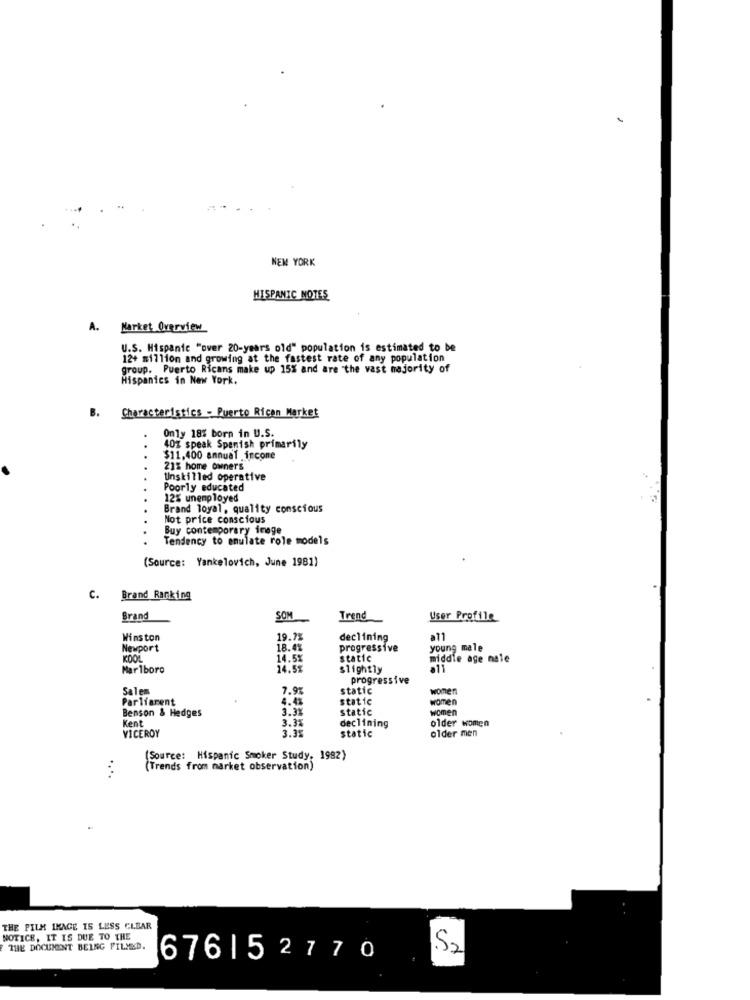
NEW YORK
HISPANIC NOTES
A.
Market Overview
U.S. Hispanic "over 20-years old" population is estimated to be
12+ million and growing at the fastest rate of any population
group. Puerto Ricans make up 15% and are the vast majority of
Hispanics in New York.
B.
Characteristics - Puerto Ricon Market
Only 18% born in U.S.
40% speak Spanish primarily
$11,400 annual incone
21% home owners
Unskilled operative
Poorly educated
12% unemployed
Brand loyal, quality conscious
Not price conscious
Buy contemporary image
Tendency to emulate role models
(Source: Yankelovich, June 1981)
C.
Brand Ranking
Brand
SOM
Trend
User Profile
Winston
19.7%
declining
a11
Newport
18.4%
progressive
young male
KOOL
14.5%
static
middle age male
Marlboro
14.5%
slightly
a11
progressive
Salem
7.9
static
women
Parliament
4.4%
static
women
3.3%
static
women
Benson & Hedges
Kent
3.3%
declining
older women
3.35
static
older men
VICEROY
(Source: Hispanic Smoker Study, 1982)
(Trends from market observation)
THE FILM IMAGE IS LESS CLEAR
NOTICE, IT IS DUE TO THE
THE DOCUMENT BEING PILMED.
S2
676| 52770